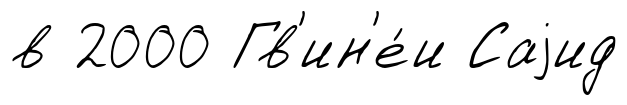
в 2000 Гв'ин'е́и Саjид